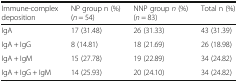
<table><thead><tr><td><b>Immune-complex deposition</b></td><td><b>NP group n (%) (<i>n</i> = 54)</b></td><td><b>NNP group <i>n</i> (%) (<i>n</i> = 83)</b></td><td><b>Total n (%)</b></td></tr></thead><tbody><tr><td>IgA</td><td>17 (31.48)</td><td>26 (31.33)</td><td>43 (31.39)</td></tr><tr><td>IgA + IgG</td><td>8 (14.81)</td><td>18 (21.69)</td><td>26 (18.98)</td></tr><tr><td>IgA + IgM</td><td>15 (27.78)</td><td>19 (22.89)</td><td>34 (24.82)</td></tr><tr><td>IgA + IgG + IgM</td><td>14 (25.93)</td><td>20 (24.10)</td><td>34 (24.82)</td></tr></tbody></table>